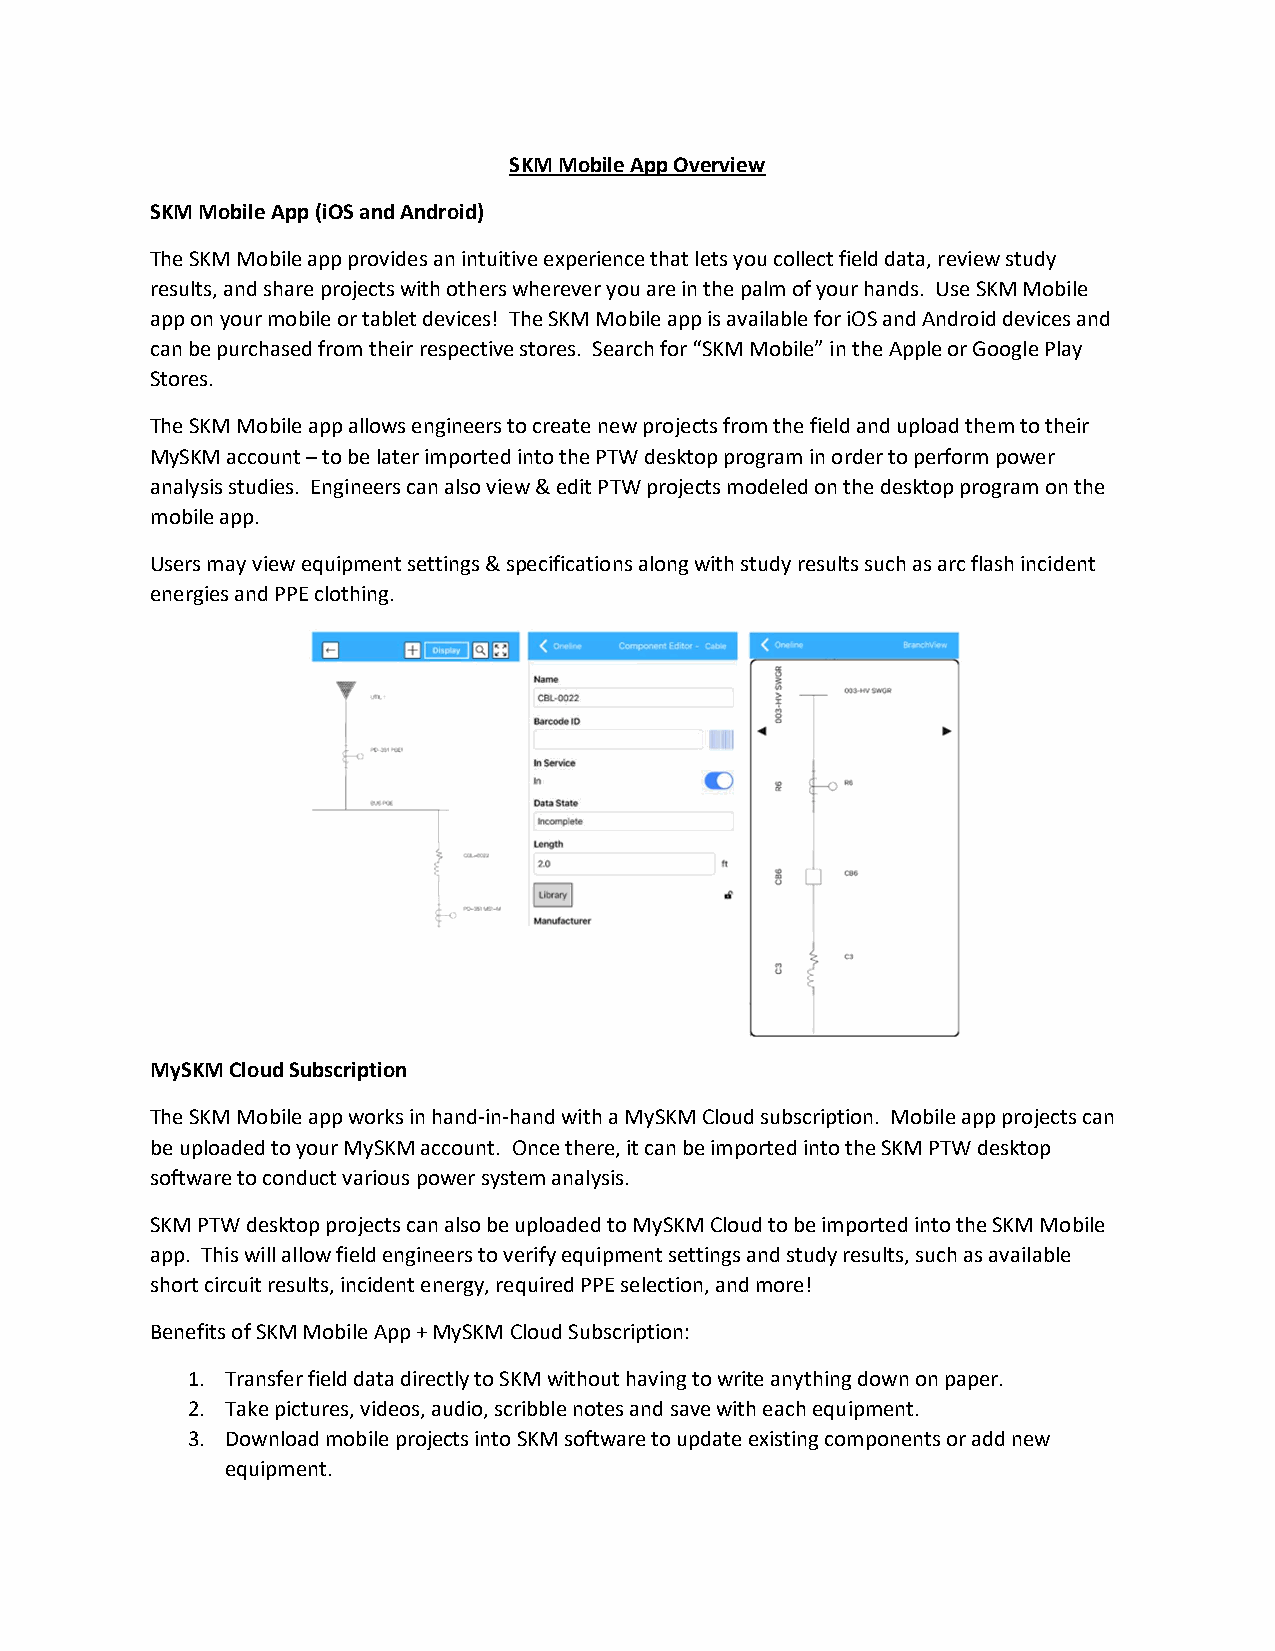
SKM Mobile App Overview
 SKM Mobile App (iOS and Android)
 The SKM Mobile app provides an intuitive experience that lets you collect field data, review study
 results, and share projects with others wherever you are in the palm of your hands. Use SKM Mobile
 app on your mobile or tablet devices! The SKM Mobile app is available for iOS and Android devices and
 can be purchased from their respective stores. Search for “SKM Mobile” in the Apple or Google Play
 Stores.
 The SKM Mobile app allows engineers to create new projects from the field and upload them to their
 MySKM account – to be later imported into the PTW desktop program in order to perform power
 analysis studies. Engineers can also view & edit PTW projects modeled on the desktop program on the
 mobile app.
 Users may view equipment settings & specifications along with study results such as arc flash incident
 energies and PPE clothing.
 MySKM Cloud Subscription
 The SKM Mobile app works in hand-in-hand with a MySKM Cloud subscription. Mobile app projects can
 be uploaded to your MySKM account. Once there, it can be imported into the SKM PTW desktop
 software to conduct various power system analysis.
 SKM PTW desktop projects can also be uploaded to MySKM Cloud to be imported into the SKM Mobile
 app. This will allow field engineers to verify equipment settings and study results, such as available
 short circuit results, incident energy, required PPE selection, and more!
 Benefits of SKM Mobile App + MySKM Cloud Subscription:
 1. Transfer field data directly to SKM without having to write anything down on paper.
 2. Take pictures, videos, audio, scribble notes and save with each equipment.
 3. Download mobile projects into SKM software to update existing components or add new
 equipment.